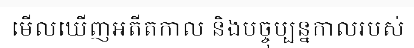
មើលឃើញអតីតកាល និងបច្ចុប្បន្នកាលរបស់